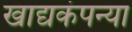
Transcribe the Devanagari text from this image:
खाद्यकंपन्या